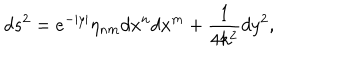
d s ^ { 2 } = e ^ { - | y | } \eta _ { n m } d x ^ { n } d x ^ { m } + \frac { 1 } { 4 k ^ { 2 } } d y ^ { 2 } ,